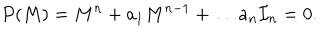
P ( M ) = M ^ { n } + a _ { 1 } M ^ { n - 1 } + \dots a _ { n } { \cal I } _ { n } = 0 .